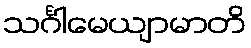
သင်္ဂါမေယျာမာတိ